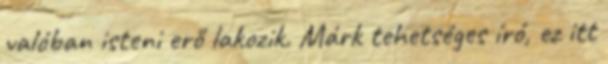
valóban isteni erő lakozik. Márk tehetséges író, ez itt